Annual administration report of the Civil Veterinary Department of India - 1910-1911
Year: 1910
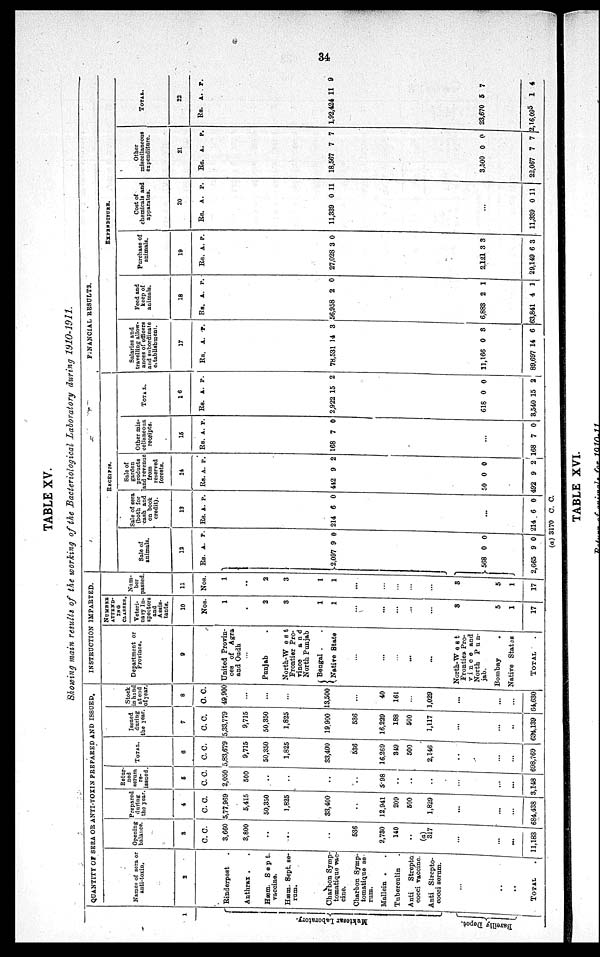
34
TABLE XV.
Showing main results of the working of the Bacteriological Laboratory during 1910-1911.
1
Mukt e s a r Labor at or y.
Bar ei l l y Depot .
QUANTITY OF SERA OR ANTI-TOXIN PREPARED AND ISSUED.
Names of sera or
anti-toxin.
2
Rinderpest .
Anthrax . .
Hæm. Sept.
vaccine.
Hæm. Sept. se-
rum.
Charbon Symp-
tomatique vac-
cine.
Charbon Symp-
tomatique se-
rum.
Mallein . .
Tuberculin .
Anti
Strepto-
cocci vaccine.
Anti Strepto-
cocci
serum.
...
..
..
TOTAL.
Opening
balance.
3
C. C.
3,660
3,800
..
..
..
536
2,730
140
..
(a)
317
...
...
...
11,183
Prepared
during
the year.
4
C. C.
5,77,969
5,415
50,350
1,825
33,400
..
12,941
209
500
1,829
...
...
...
684,438
Retur-
ned
serum
re-
issaed.
5
C. C.
2,050
500
..
..
..
..
5.98
..
..
..
...
...
...
3,148
TOTAL
6
C. C.
5,83,679
9,715
50,350
1,825
33,400
536
16,269
349
500
2,146
...
...
...
698,769
Issued
during
the year
7
C. C.
5,33,779
9,715
50,350
1,825
19,900
536
16,229
188
500
1,117
...
...
..
634,139
Stock
in hand
at end
of year.
8
C. C.
49,900
...
...
...
13,500
...
40
161
...
1,029
...
...
...
64,630
INSTRUCTION IMPARTED.
Department or
Province.
9
United Provin-
ces of Agra
and Oudh
...
Punjab .
North-West
Frontier Pro-
vince
and
North Punjab
Bengal . .
Native State
...
...
...
...
...
North-West
Frontier Pro-
vince and
North
Pun-
jab.
Bombay
.
ative States
TOTAL .
NUMBER
ATTEND-
ING
CLASSES
Veteri-
nary In-
spectors
and
Assis-
tants.
10
Nos.
1
2
3
1
1
...
...
...
...
...
3
5
1
17
Num-
ber
passed
11
Nos.
1
2
3
1
1
...
...
...
...
...
3
5
1
17
FINANCIAL RESULTS.
RECEIPTS.
Sale of
animals.
12
Rs.
2097
568
2,665
A.
9
0
9
P.
0
0
0
Sale of sera
(both for
cash and
on book
credit)
13
Rs.
214
...
214
A.
6
6
P.
0
0
Sale of
garden
products
and revenue
from
reserved
forests.
14
Rs.
442
50
492
A.
9
0
9
P.
2
0
2
Other mis¬
cellaneous
receipts.
15
Rs.
168
...
168
A.
7
7
P.
0
0
TOTAL.
16
Rs.
2,922
618
3,540
A.
15
0
15
P.
2
0
2
EXPENDITURE.
Salaries and
travelling allow¬
ances of officers
and subordinate
establishment.
17
Rs.
78,531
11,166
89,697
A.
14
0
14
P.
3
8
6
Feed and
keep of
animals.
18
Rs.
56,958
6,883
3,841
A.
2
2
4
P.
0
1
1
Purchase of
animals.
19
Rs.
27,028
2,121
29,149
A.
3
3
6
P.
0
3
3
Cost of
chemicals and
apparatus.
20
Rs.
11,339
...
11,339
A.
0
0
P.
11
11
Other
miscellaneous
expenditure.
21
Rs.
18,567
3,500
22,067
A.
7
0
7
P.
7
0
7
TOTAL.
22
Rs.
1,92,424
23,670
16,095
A.
11
5
1
P.
9
7
4
(a) 3170 C. C.